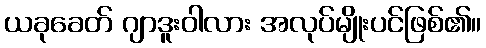
ယခုခေတ် ဂျာဒူးဝါလား အလုပ်မျိုးပင်ဖြစ်၏။